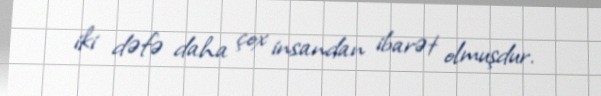
iki dəfə daha çox insandan ibarət olmuşdur.